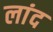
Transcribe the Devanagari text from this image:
लांद